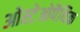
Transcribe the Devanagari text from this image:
ओस्टेओपैथिक